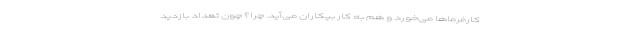
کارفرماها می‌خورد و هم به کار بیکاران می‌آید. چرا؟ چون تعداد بازدید